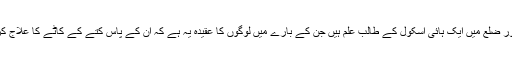
شیامالی سنگھ مغربی بنگال کے مدنا پور ضلع میں ایک ہائی اسکول کے طالب علم ہیں جن کے بارے میں لوگوں کا عقیدہ یہ ہے کہ ان کے پاس کتے کے کاٹے کا علاج کرنے کی موروثی صلاحیت موجود ہے۔